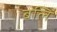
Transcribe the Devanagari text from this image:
बलिं